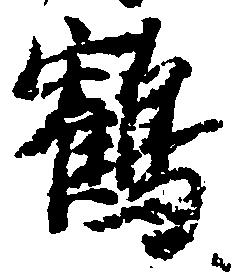
鶴